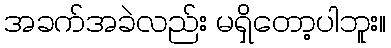
အခက်အခဲလည်း မရှိတော့ပါဘူး။